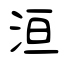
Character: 洹